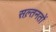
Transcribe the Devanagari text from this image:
सल़्तनतों